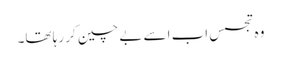
وہ تجسس اب اسے بے چین کر رہا تھا۔